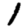
Digit: 1